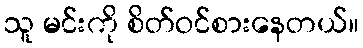
သူ မင်းကို စိတ်ဝင်စားနေတယ်။